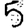
Digit: 5